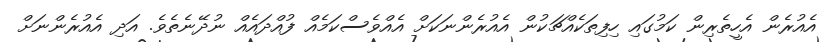
އެއުރެން އެހީތެރިން ކަމުގައި ހިފިތަކެއްޗަކުން އެއުރެންނަކަށް އެއްވެސްކަމެއް ފުއްދައެއް ނުދޭނެތެވެ. އަދި އެއުރެންނަށް